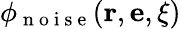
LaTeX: \phi_{\mathrm{~n~o~i~s~e~}}(\mathbf{r},\mathbf{e},\mathbf{\xi})